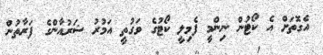
އެގޮތަށް އެ ކޯޓުން ނިންމީ ފެމިލީ ކޯޓުގެ ވަގުތީ އަމުރު ޝަރުއާންގެ ފަރާތުން